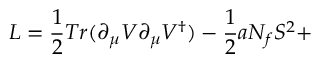
L = \frac { 1 } { 2 } T r ( \partial _ { \mu } V \partial _ { \mu } V ^ { \dagger } ) - \frac { 1 } { 2 } a N _ { f } S ^ { 2 } +